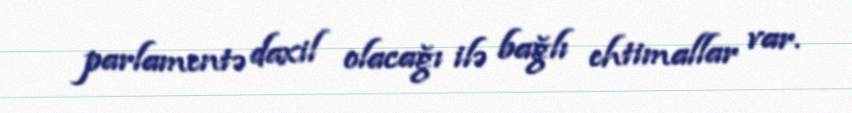
parlamentə daxil olacağı ilə bağlı ehtimallar var.